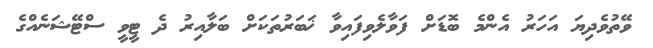
ވޭތުވެދިޔަ އަހަރު އެންމެ ބޮޑަށް ފަވާލެވިފައިވާ ޚަބަރުތަކަށް ބަލާއިރު ދެ ޓީވީ ސްޓޭޝަނެއްގެ